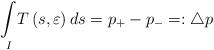
LaTeX: \begin{align*}\underset{I}{\int }T\left( s, \varepsilon\right) ds =p_{+}-p_{-}=:\triangle p \end{align*}